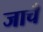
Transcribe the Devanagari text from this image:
जाचँ